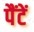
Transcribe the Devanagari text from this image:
पैंटें